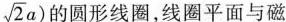
\sqrt{2}a$$) 的圆形线圈，线圈平面与磁